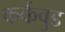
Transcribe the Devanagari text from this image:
कर्कवुड